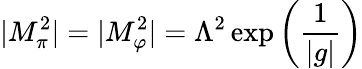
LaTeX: |M_{\pi}^{2}|=|M_{\varphi}^{2}|=\Lambda^{2}\exp\left(\frac{1}{|g|}\right)